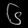
Digit: ၆